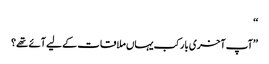
‘‘
’’آپ آخری بار کب یہاں ملاقات کے لیے آئے تھے؟